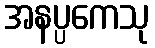
အနပ္ပကေသု